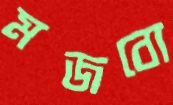
মজবো